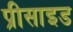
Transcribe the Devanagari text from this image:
प्रीसाइड